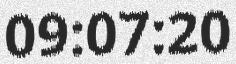
09:07:20